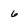
Character: 6